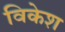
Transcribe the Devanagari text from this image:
विकेश